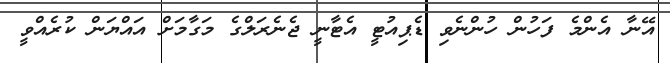
އޭނާ އެންމެ ފަހުން ހުންނެވި ޑެޕިއުޓީ އެޓާނީ ޖެނެރަލްގެ މަގާމަށް އައްޔަން ކުރެއްވީ